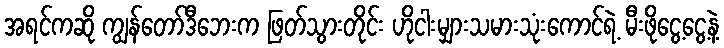
အရင်ကဆို ကျွန်တော်ဒီဘေးက ဖြတ်သွားတိုင်း ဟိုငါးမျှားသမားသုံးကောင်ရဲ့ မီးဖိုငွေ့ငွေ့နဲ့